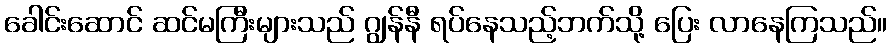
ခေါင်းဆောင် ဆင်မကြီးများသည် ဂျွန်နီ ရပ်နေသည့်ဘက်သို့ ပြေး လာနေကြသည်။